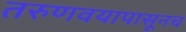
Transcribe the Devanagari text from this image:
तरुणवयापासूनच